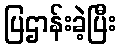
ပြဌာန်းခဲ့ပြီး